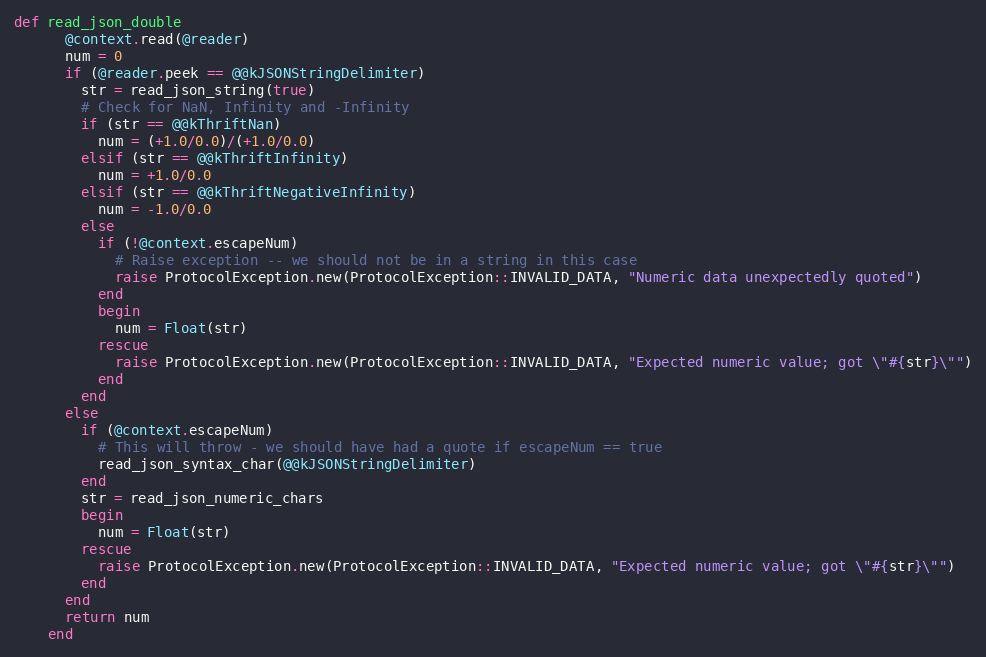
Language: Ruby
def read_json_double
      @context.read(@reader)
      num = 0
      if (@reader.peek == @@kJSONStringDelimiter)
        str = read_json_string(true)
        # Check for NaN, Infinity and -Infinity
        if (str == @@kThriftNan)
          num = (+1.0/0.0)/(+1.0/0.0)
        elsif (str == @@kThriftInfinity)
          num = +1.0/0.0
        elsif (str == @@kThriftNegativeInfinity)
          num = -1.0/0.0
        else
          if (!@context.escapeNum)
            # Raise exception -- we should not be in a string in this case
            raise ProtocolException.new(ProtocolException::INVALID_DATA, "Numeric data unexpectedly quoted")
          end
          begin
            num = Float(str)
          rescue
            raise ProtocolException.new(ProtocolException::INVALID_DATA, "Expected numeric value; got \"#{str}\"")
          end
        end
      else
        if (@context.escapeNum)
          # This will throw - we should have had a quote if escapeNum == true
          read_json_syntax_char(@@kJSONStringDelimiter)
        end
        str = read_json_numeric_chars
        begin
          num = Float(str)
        rescue
          raise ProtocolException.new(ProtocolException::INVALID_DATA, "Expected numeric value; got \"#{str}\"")
        end
      end
      return num
    end